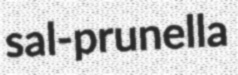
sal-prunella